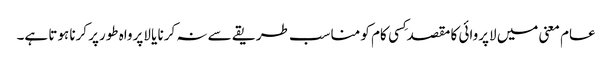
عام معنی میں لاپروائی کا مقصد کِسی کام کو مناسب طریقے سے نہ کرنا یا لاپرواہ طورپر کرنا ہوتا ہے۔